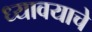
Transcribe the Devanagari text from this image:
ध्यावयाचे